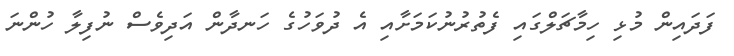
ފަދައިން މުޅި ހިމާޗަލްގައި ފެތުރުނުކަމަށާއި އެ ދުވަހުގެ ހަނދާން އަދިވެސް ނުފިލާ ހުންނަ